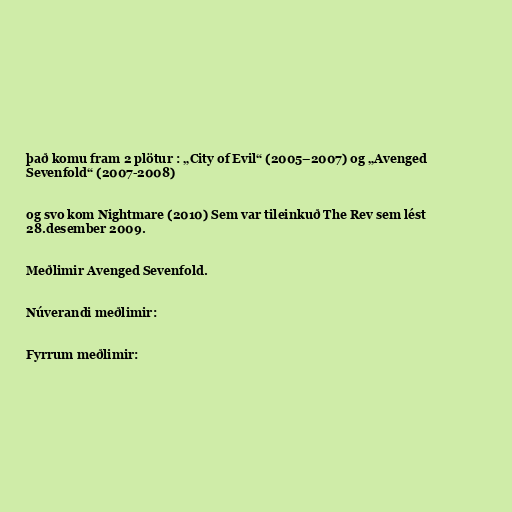
það komu fram 2 plötur : „City of Evil“ (2005–2007) og „Avenged
Sevenfold“ (2007-2008)

og svo kom Nightmare (2010) Sem var tileinkuð The Rev sem lést
28.desember 2009.

Meðlimir Avenged Sevenfold.

Núverandi meðlimir:

Fyrrum meðlimir: